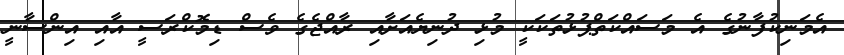
އެމަނިކުފާނުގެ އެ މަސައްކަތްޕުޅުތަކަކީ މުޅި ދުނިޔެއަށާއި ރާއްޖެގެ ވެސް ޑިމޮކްރަސީ އާއި އިންސާނީ